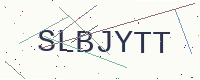
Text: SLBJYTT